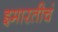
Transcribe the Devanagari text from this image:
इमारतीचं